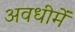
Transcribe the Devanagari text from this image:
अवधीमें